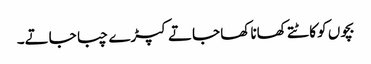
بچوں کو کاٹتے کھانا کھا جاتے کپڑے چبا جاتے۔